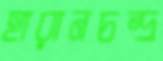
হারানচন্দ্র